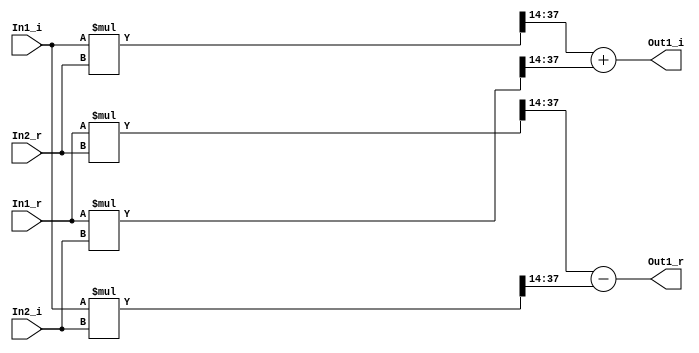
// -------------------------------------------------------------
// 
// 
// Generated by MATLAB 9.5 and HDL Coder 3.13
// 
// -------------------------------------------------------------


// -------------------------------------------------------------
// 
// Module: complex_mul_rz1
// Source Path: fourxfour_designfxdpt_givens/fourxfour_designfxdpt/Givens_Internal_QR_Cell3/complex_mul_rz1
// Hierarchy Level: 2
// 
// -------------------------------------------------------------

`timescale 1 ns / 1 ns

module complex_mul_rz1
          (In1_r,
           In1_i,
           In2_r,
           In2_i,
           Out1_r,
           Out1_i);


  input   signed [23:0] In1_r;  // sfix24_En14
  input   signed [23:0] In1_i;  // sfix24_En14
  input   signed [23:0] In2_r;  // sfix24_En14
  input   signed [23:0] In2_i;  // sfix24_En14
  output  signed [24:0] Out1_r;  // sfix25_En14
  output  signed [24:0] Out1_i;  // sfix25_En14


  wire signed [47:0] Product_out1;  // sfix48_En28
  wire signed [23:0] Data_Type_Conversion13_out1;  // sfix24_En14
  wire signed [47:0] Product1_out1;  // sfix48_En28
  wire signed [23:0] Data_Type_Conversion1_out1;  // sfix24_En14
  wire signed [24:0] Add_sub_cast;  // sfix25_En14
  wire signed [24:0] Add_sub_cast_1;  // sfix25_En14
  wire signed [24:0] Add_out1;  // sfix25_En14
  wire signed [47:0] Product2_out1;  // sfix48_En28
  wire signed [23:0] Data_Type_Conversion2_out1;  // sfix24_En14
  wire signed [47:0] Product3_out1;  // sfix48_En28
  wire signed [23:0] Data_Type_Conversion3_out1;  // sfix24_En14
  wire signed [24:0] Add1_add_cast;  // sfix25_En14
  wire signed [24:0] Add1_add_cast_1;  // sfix25_En14
  wire signed [24:0] Add1_out1;  // sfix25_En14


  assign Product_out1 = In1_r * In2_r;



  assign Data_Type_Conversion13_out1 = Product_out1[37:14];



  assign Product1_out1 = In1_i * In2_i;



  assign Data_Type_Conversion1_out1 = Product1_out1[37:14];



  assign Add_sub_cast = {Data_Type_Conversion13_out1[23], Data_Type_Conversion13_out1};
  assign Add_sub_cast_1 = {Data_Type_Conversion1_out1[23], Data_Type_Conversion1_out1};
  assign Add_out1 = Add_sub_cast - Add_sub_cast_1;



  assign Out1_r = Add_out1;

  assign Product2_out1 = In1_i * In2_r;



  assign Data_Type_Conversion2_out1 = Product2_out1[37:14];



  assign Product3_out1 = In1_r * In2_i;



  assign Data_Type_Conversion3_out1 = Product3_out1[37:14];



  assign Add1_add_cast = {Data_Type_Conversion2_out1[23], Data_Type_Conversion2_out1};
  assign Add1_add_cast_1 = {Data_Type_Conversion3_out1[23], Data_Type_Conversion3_out1};
  assign Add1_out1 = Add1_add_cast + Add1_add_cast_1;



  assign Out1_i = Add1_out1;

endmodule  // complex_mul_rz1